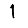
Digit: 1